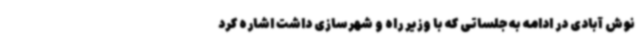
نوش آبادی در ادامه به جلساتی که با وزیر راه و شهرسازی داشت اشاره کرد